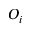
O _ { i }